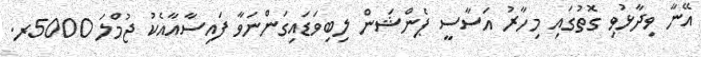
އޭނާ ވިދާޅުވި ގޮތުގައި މިހާރު އަސާސީ ޕެންޝަން ލިބިވަޑައިގަންނަވާ ފައިސާއާއެކު ޖުމްލަ 5000ރ.